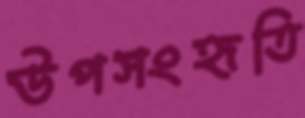
উপসংহৃতি